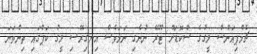
ޗެމްޕިއަންސް ލީގުގެ ސްކޮޑަށް ޓޫރޭ ނުނެގި ނަމަވެސް އިނގިރޭސި ލީގު ކަޕްގައި ތިންވަނަ